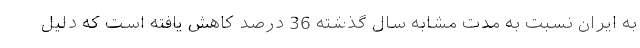
به ایران نسبت به مدت مشابه سال گذشته 36 درصد کاهش یافته است که دلیل